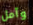
وآمل